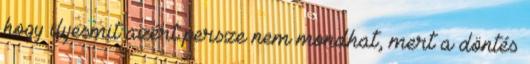
hogy ilyesmit azért persze nem mondhat, mert a döntés